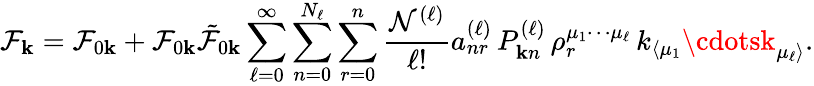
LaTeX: \mathcal{F}_{\mathbf{{k}}}=\mathcal{F}_{0\mathbf{{k}}}+\mathcal{F}_{0\mathbf{{k}}}\tilde{{\mathcal{F}}}_{0\mathbf{{k}}}\sum_{\ell=0}^{\infty}\sum_{n=0}^{N_{\ell}}\sum_{r=0}^{n}\frac{{\mathcal{{N}}^{(\ell)}}}{{\ell!}}a_{nr}^{(\ell)}\, P_{\mathbf{{k}}n}^{(\ell)}\, \rho_{r}^{\mu_{1}\cdots\mu_{\ell}}\, k_{\langle\mu_{1}}\cdotsk_{\mu_{\ell}\rangle}.